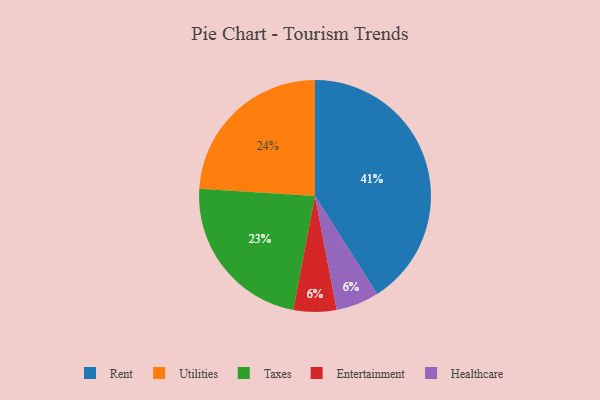
{"axis": {"x": "Category", "y": "Percentage"}, "legend": ["Entertainment", "Healthcare", "Rent", "Taxes", "Utilities"], "data": [{"x": "Taxes", "y": 23, "type": "Taxes"}, {"x": "Entertainment", "y": 6, "type": "Entertainment"}, {"x": "Rent", "y": 41, "type": "Rent"}, {"x": "Healthcare", "y": 6, "type": "Healthcare"}, {"x": "Utilities", "y": 24, "type": "Utilities"}]}